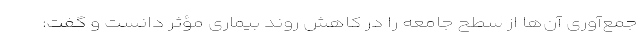
جمع‌آوری آن‌ها از سطح جامعه را در کاهش روند بیماری مؤثر دانست و گفت: